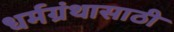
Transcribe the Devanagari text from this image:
धर्मग्रंथासाठी